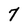
Character: 7